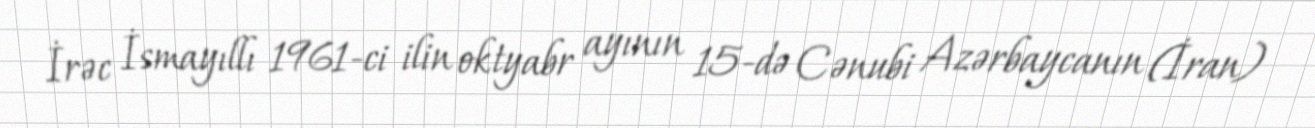
İrəc İsmayıllı 1961-ci ilin oktyabr ayının 15-də Cənubi Azərbaycanın (İran)